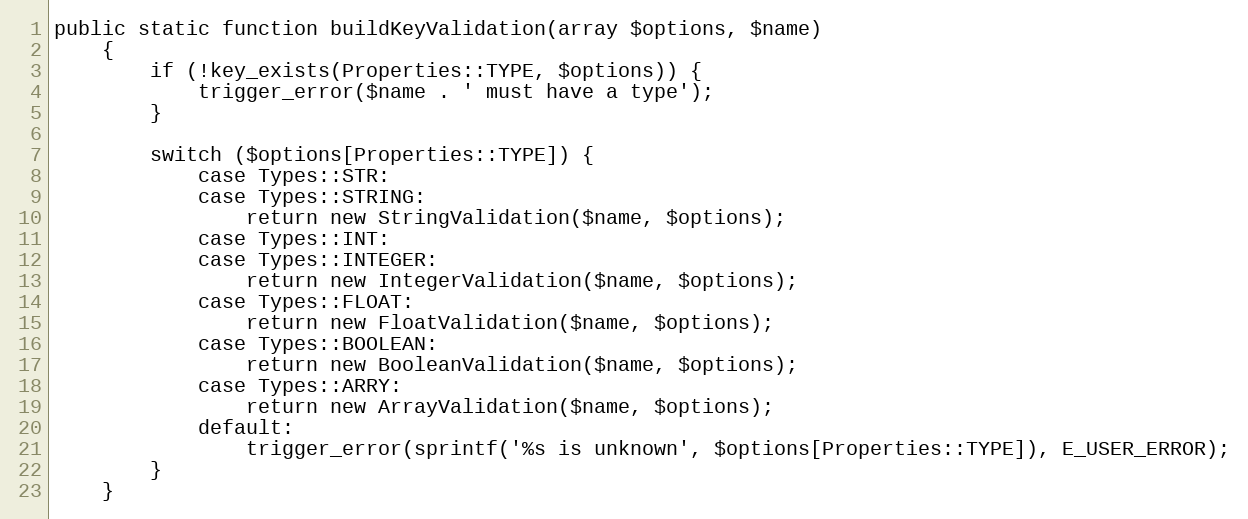
Language: PHP
public static function buildKeyValidation(array $options, $name)
    {
        if (!key_exists(Properties::TYPE, $options)) {
            trigger_error($name . ' must have a type');
        }

        switch ($options[Properties::TYPE]) {
            case Types::STR:
            case Types::STRING:
                return new StringValidation($name, $options);
            case Types::INT:
            case Types::INTEGER:
                return new IntegerValidation($name, $options);
            case Types::FLOAT:
                return new FloatValidation($name, $options);
            case Types::BOOLEAN:
                return new BooleanValidation($name, $options);
            case Types::ARRY:
                return new ArrayValidation($name, $options);
            default:
                trigger_error(sprintf('%s is unknown', $options[Properties::TYPE]), E_USER_ERROR);
        }
    }